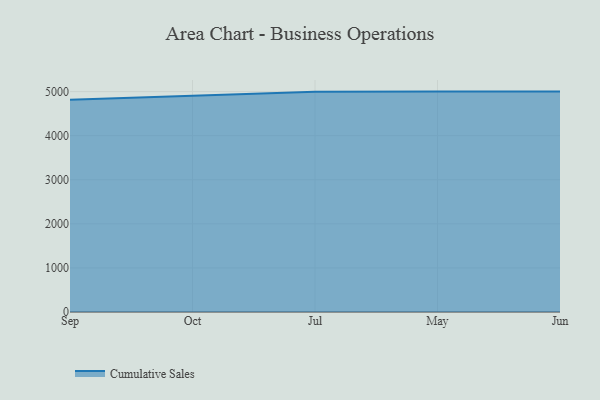
{"axis": {"x": "Month", "y": "Customer Acquisition Cost (USD)"}, "legend": ["Cumulative Sales"], "data": [{"x": "Sep", "y": 4817.8, "type": "Cumulative Sales"}, {"x": "Oct", "y": 4911.6, "type": "Cumulative Sales"}, {"x": "Jul", "y": 4995.3, "type": "Cumulative Sales"}, {"x": "May", "y": 5000, "type": "Cumulative Sales"}, {"x": "Jun", "y": 5000, "type": "Cumulative Sales"}]}